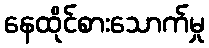
နေထိုင်စားသောက်မှု